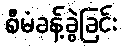
စီမံခန့်ခွဲခြင်း